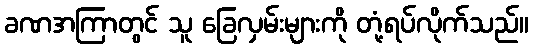
ခဏအကြာတွင် သူ ခြေလှမ်းများကို တုံ့ရပ်လိုက်သည်။